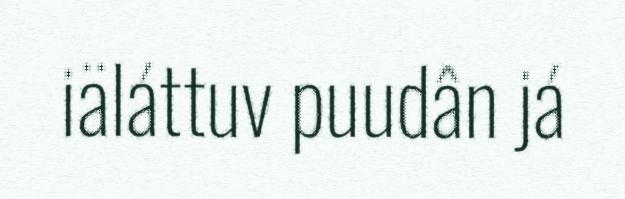
iäláttuv puudân já